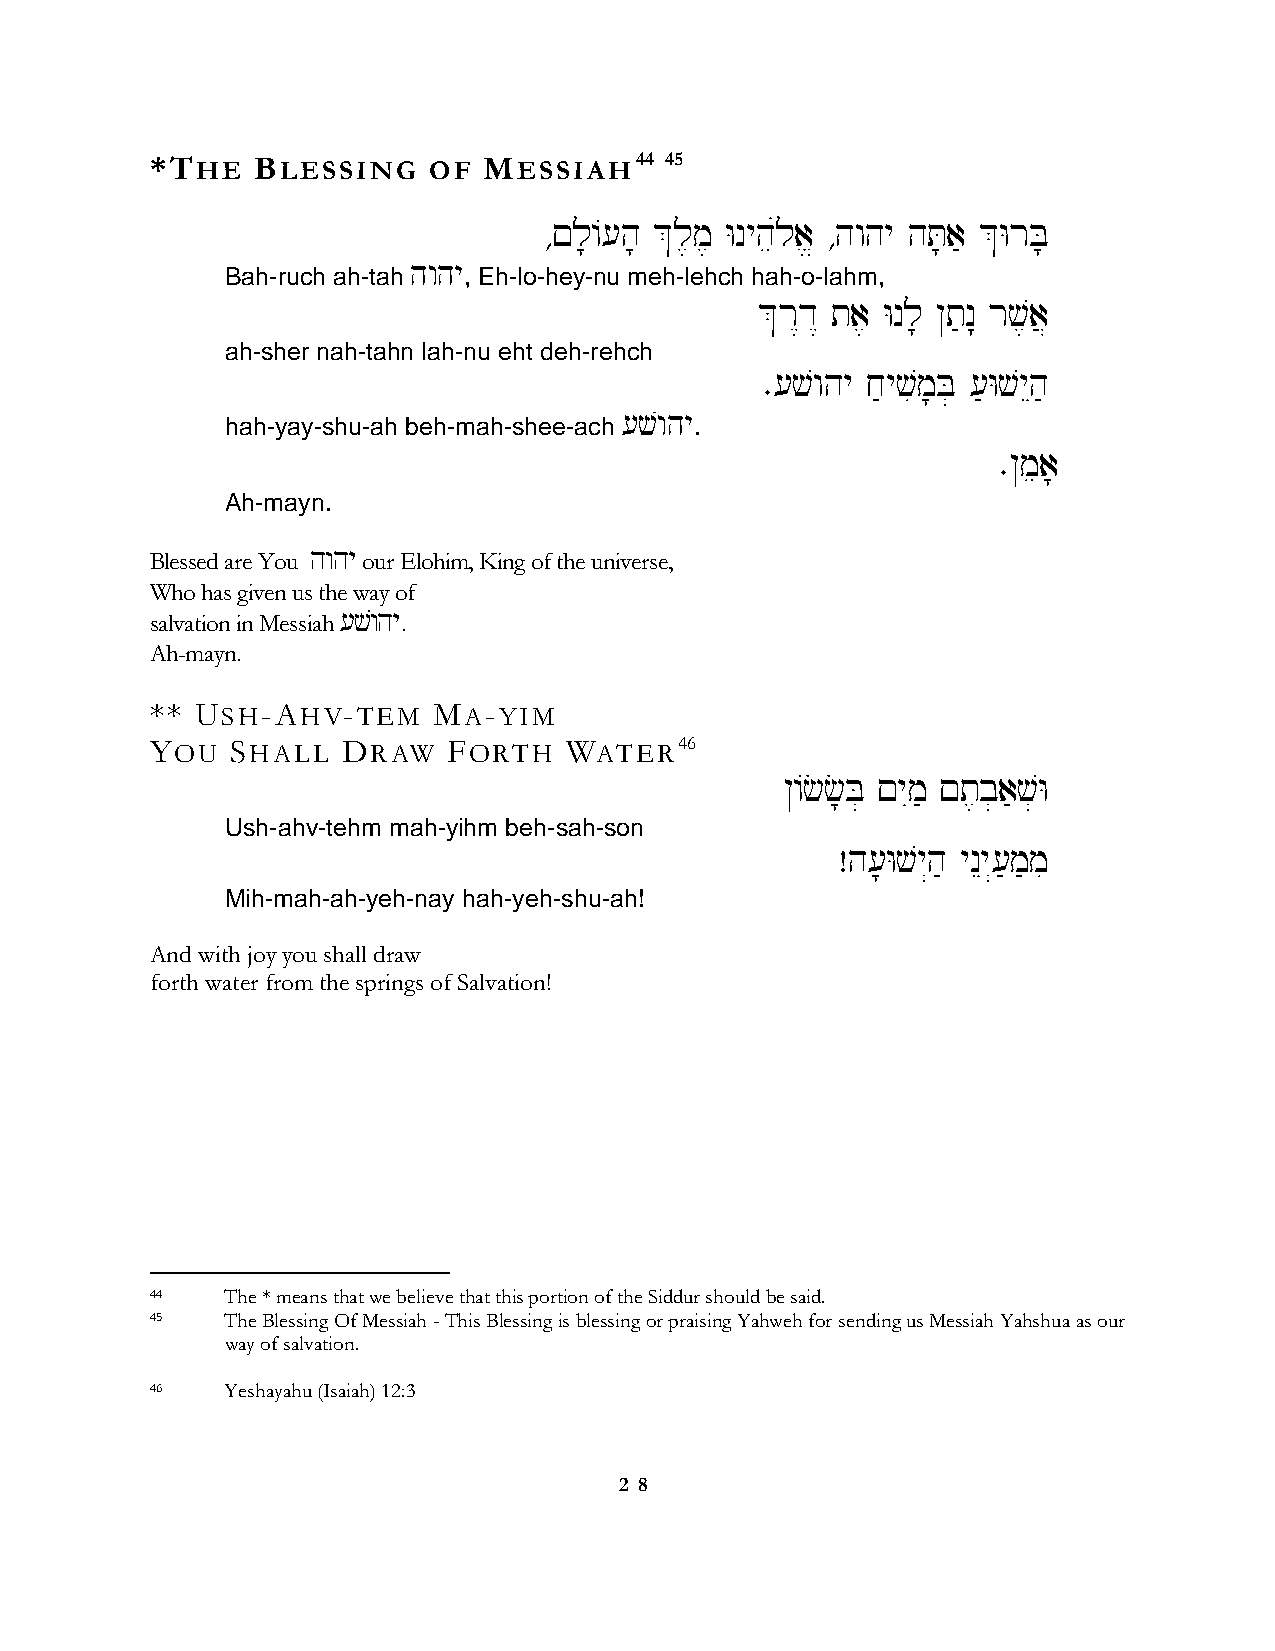
*THE   BLESSING   OF  MESSIAH44   45
 ∆!l;/[h; &l,m, Wnyheúla> ∆hwhy hT;a' &WrB;
 hwhy
 Bah-ruch ah-tah , Eh-lo-hey-nu meh-lehch hah-o-lahm,
 &r<d< ta, Wnl; @t'n: rv,a}
 ah-sher nah-tahn lah-nu eht deh-rehch
 ∑[vwhy j'yvim;B] ['WvyEh'
 [vwhy
 hah-yay-shu-ah beh-mah-shee-ach .
 ∑@mea;
 Ah-mayn.
 Blessed are You hwhy our Elohim, King of the universe,
 Who has given us the way of
 salvation in Messiah [vwhy.
 Ah-mayn.
 ** USH-AHV-TEM     MA-YIM
 YOU  SHALL   DRAW   FORTH  WATER46
 @/cc;B] !yIm' !t,b]a'v]W
 Ush-ahv-tehm mah-yihm beh-sah-son
 Âh[;Wvy“h' ynEy“['m'mi
 Mih-mah-ah-yeh-nay hah-yeh-shu-ah!
 And with joy you shall draw
 forth water from the springs of Salvation!
 44   The * means that we believe that this portion of the Siddur should be said.
 45   The Blessing Of Messiah - This Blessing is blessing or praising Yahweh for sending us Messiah Yahshua as our
 way of salvation.
 46   Yeshayahu (Isaiah) 12:3
 2 8